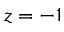
z = - 1